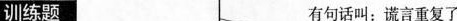
训练题 有句话叫：谎言重复了